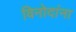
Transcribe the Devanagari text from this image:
विनोदांना